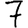
Digit: 7